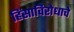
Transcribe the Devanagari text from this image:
हिंसाविरोधाचे